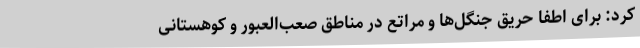
کرد: برای اطفا حریق جنگل‌ها و مراتع در مناطق صعب‌العبور و کوهستانی